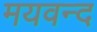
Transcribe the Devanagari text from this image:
मयवन्द